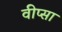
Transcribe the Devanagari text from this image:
वीप्सा